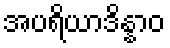
အပရိယာဒိန္နာဝ